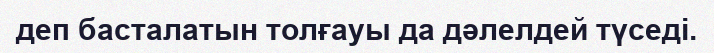
деп басталатын толғауы да дәлелдей түседі.